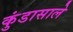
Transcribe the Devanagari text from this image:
कुंडासाले